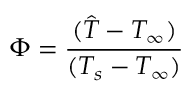
\Phi = \frac { ( \hat { T } - T _ { \infty } ) } { ( T _ { s } - T _ { \infty } ) }